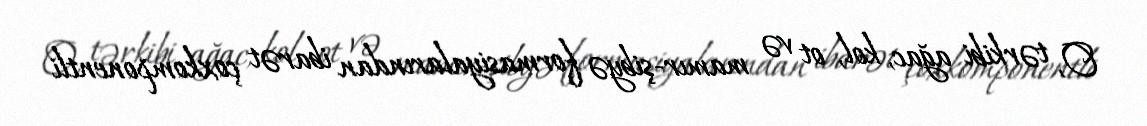
O, tərkibi ağac, kol, ot və mamır-şibyə formasiyalarından ibarət çoxkomponentli